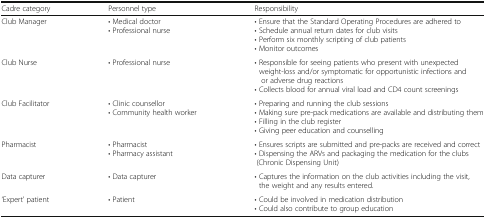
<table><thead><tr><td><b>Cadre category</b></td><td><b>Personnel type</b></td><td><b>Responsibility</b></td></tr></thead><tbody><tr><td>Club Manager</td><td>• Medical doctor• Professional nurse</td><td>• Ensure that the Standard Operating Procedures are adhered to• Schedule annual return dates for club visits• Perform six monthly scripting of club patients• Monitor outcomes</td></tr><tr><td>Club Nurse</td><td>• Professional nurse</td><td>• Responsible for seeing patients who present with unexpected weight-loss and/or symptomatic for opportunistic infections and or adverse drug reactions• Collects blood for annual viral load and CD4 count screenings</td></tr><tr><td>Club Facilitator</td><td>• Clinic counsellor• Community health worker</td><td>• Preparing and running the club sessions• Making sure pre-pack medications are available and distributing them• Filling in the club register• Giving peer education and counselling</td></tr><tr><td>Pharmacist</td><td>• Pharmacist• Pharmacy assistant</td><td>• Ensures scripts are submitted and pre-packs are received and correct• Dispensing the ARVs and packaging the medication for the clubs (Chronic Dispensing Unit)</td></tr><tr><td>Data capturer</td><td>• Data capturer</td><td>• Captures the information on the club activities including the visit, the weight and any results entered.</td></tr><tr><td>‘Expert’ patient</td><td>• Patient</td><td>• Could be involved in medication distribution• Could also contribute to group education</td></tr></tbody></table>